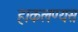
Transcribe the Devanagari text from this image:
हाकलण्यस